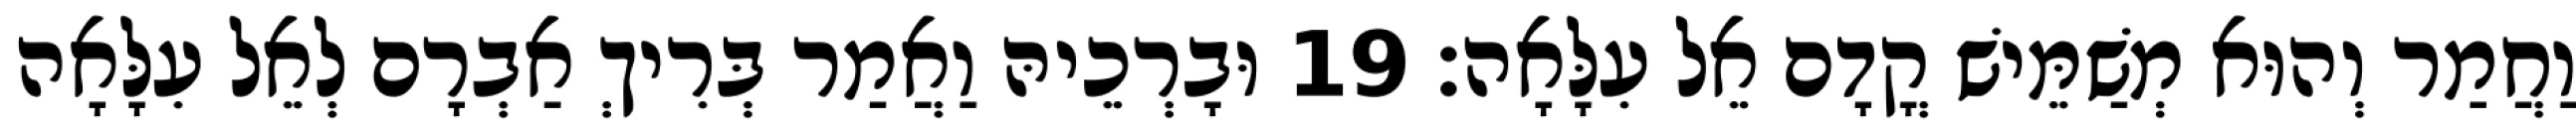
וַחֲמַר וְהוּא מְשַׁמֵּישׁ קֳדָם אֵל עִלָּאָה׃ 19 וּבָרְכֵיהּ וַאֲמַר בְּרִיךְ אַבְרָם לְאֵל עִלָּאָה